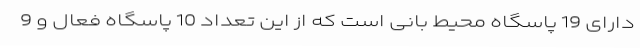
دارای 19 پاسگاه محیط بانی است که از این تعداد 10 پاسگاه فعال و 9